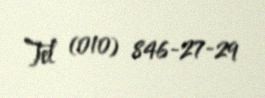
Tel (010) 846-27-29